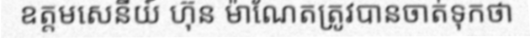
ឧត្តមសេនីយ៍ ហ៊ុន ម៉ាណែតត្រូវបានចាត់ទុកថា